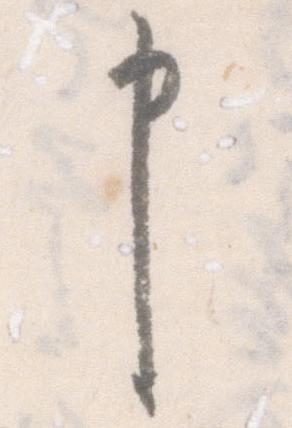
申